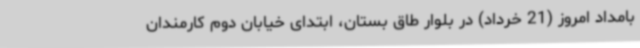
بامداد امروز (21 خرداد) در بلوار طاق بستان، ابتدای خیابان دوم کارمندان